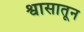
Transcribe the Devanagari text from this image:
श्वासातून